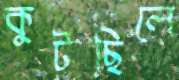
কুটছিলে